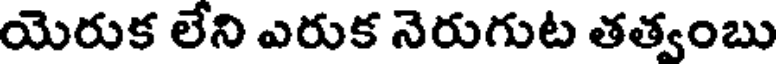
యెరుక లేని ఎరుక నెరుగుట తత్వంబు